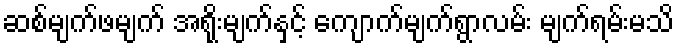
ဆစ်မျက်ဖမျက် အရိုးမျက်နှင့် ကျောက်မျက်ရွာလမ်း မျက်ရမ်းမသိ